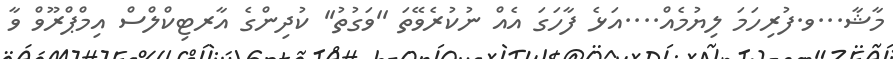
މާޝާ...ވ.ފުރިހަމަ ލިޔުމެއް....އަޅެ ފާހަގަ އެއް ނުކުރެވޭތަ ''ވަގުތު'' ކުދިންގެ އާރޓިކްލްސް އިމްޕްރޫވް ވާ